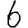
Digit: 6